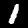
Digit: 1